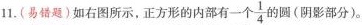
11.(易错题)如右图所示，正方形的内部有一个\frac{1}{4}的圆(阴影部分)。